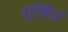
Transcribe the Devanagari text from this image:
सूर्खियां